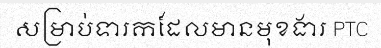
សម្រាប់ទារកដែលមានមុខងារ PTC